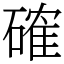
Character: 確